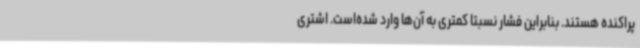
پراکنده هستند. بنابراین فشار نسبتا کمتری به آن‌ها وارد شده‌است. اشتری